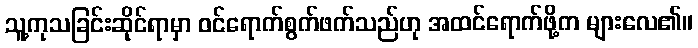
သူ့ကုသခြင်းဆိုင်ရာမှာ ဝင်ရောက်စွက်ဖက်သည်ဟု အထင်ရောက်ဖို့က များလေ၏။